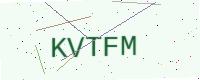
Text: KVTFM